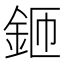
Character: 鉔